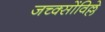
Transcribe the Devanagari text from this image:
जच्क्सोंविल्ले